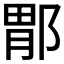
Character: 𫑤